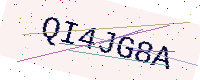
Text: QI4JG8A